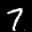
Label: 7